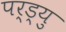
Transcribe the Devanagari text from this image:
पर्ड्यु